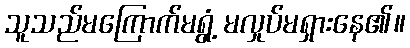
သူသည်မကြောက်မရွံ့ မလှုပ်မရှားနေ၏။